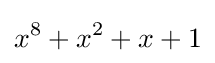
x^{8}+x^{2}+x+1